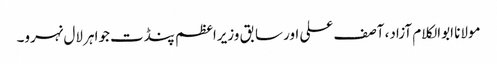
مولانا ابوالکلام آزاد، آصف علی اور سابق وزیراعظم پنڈت جواہر لال نہرو۔